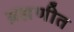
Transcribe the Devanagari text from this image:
ब्रह्मणीत